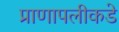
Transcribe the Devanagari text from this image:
प्राणापलीकडे